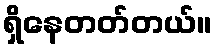
ရှိနေတတ်တယ်။